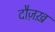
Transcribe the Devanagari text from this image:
दौज़ख़